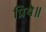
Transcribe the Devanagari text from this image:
प्रिये॥